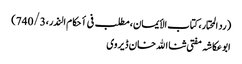
(رد المحتار، کتاب الأیمان، مطلب فی أحکام النذر،740/3)
ابوعکاشہ مفتی ثنا الله خان ڈیروی